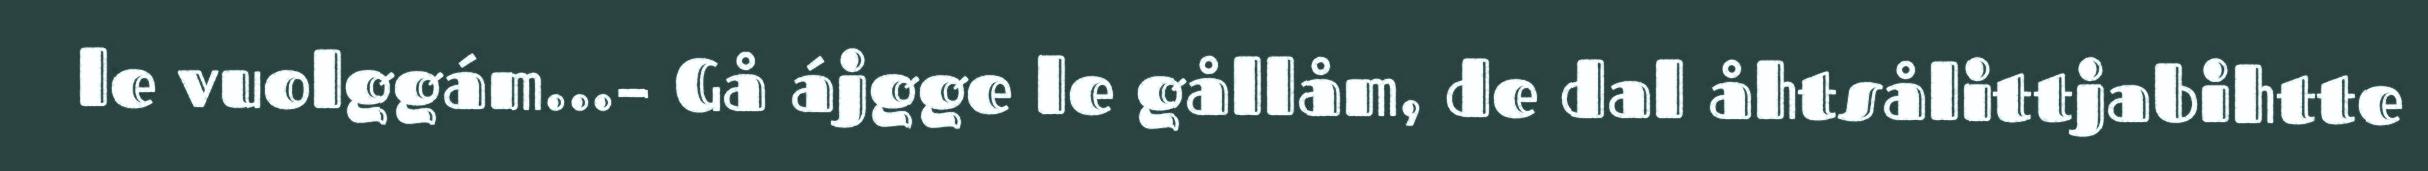
le vuolggám...– Gå ájgge le gållåm, de dal åhtsålittjabihtte